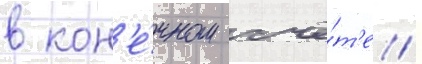
в кон'е́чном счё́т'е /